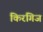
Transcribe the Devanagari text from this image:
किरगिज